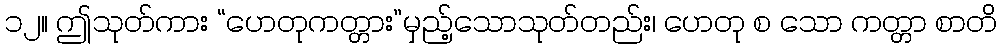
၁၂။ ဤသုတ်ကား “ဟေတုကတ္တား”မှည့်သောသုတ်တည်း၊ ဟေတု စ သော ကတ္တာ စာတိ